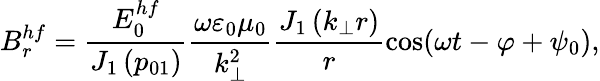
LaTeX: B_{r}^{hf}=\frac{E_{0}^{hf}}{J_{1}\left(p_{01}\right)}\frac{\omega\varepsilon_{0}\mu_{0}}{k_{\perp}^{2}}\frac{J_{1}\left(k_{\perp}r\right)}{r}\cos(\omega t-\varphi+\psi_{0}),